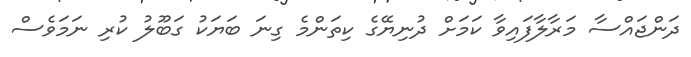
ދަންޖައްސާ މަރާލާފައިވާ ކަމަށް ދުނިޔޭގެ ކިތަންމެ ގިނަ ބަޔަކު ގަބޫލު ކުރި ނަމަވެސް